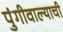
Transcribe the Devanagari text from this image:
पुंगीवाल्याची